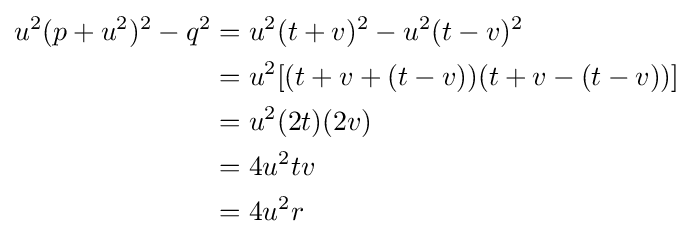
{\begin{aligned}u^{2}(p+u^{2})^{2}-q^{2}&=u^{2}(t+v)^{2}-u^{2}(t-v)^{2}\\&=u^{2}[(t+v+(t-v))(t+v-(t-v))]\\&=u^{2}(2t)(2v)\\&=4u^{2}tv\\&=4u^{2}r\end{aligned}}